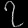
Digit: ၇